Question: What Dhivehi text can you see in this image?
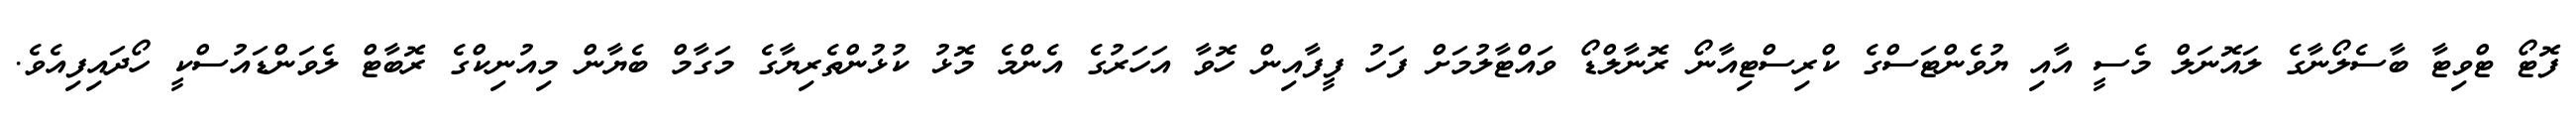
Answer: ފޮޓޯ ޓްވިޓާ ބާސެލޯނާގެ ލައޮނަލް މެސީ އާއި ޔުވެންޓަސްގެ ކްރިސްޓިއާނޯ ރޮނާލްޑޯ ވައްޓާލުމަށް ފަހު ފީފާއިން ހޮވާ އަހަރުގެ އެންމެ މޮޅު ކުޅުންތެރިޔާގެ މަގާމް ބެޔާން މިއުނިކްގެ ރޮބާޓް ލެވަންޑައުސްކީ ހޯދައިފިއެވެ.